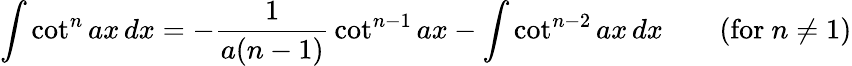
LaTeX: \int\cot^{n}ax\, dx=-{\frac{1}{a(n-1)}}\cot^{n-1}ax-\int\cot^{n-2}ax\, dx\qquad{\mathrm{(for~}}n\neq 1{\mathrm{)}}